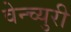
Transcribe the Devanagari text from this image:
वेन्च्युरी